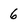
Character: 6